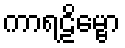
ကာရဠိမ္ဗော